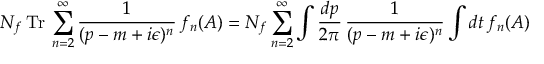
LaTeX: N _ { f } \, \mathrm { T r } \, \sum _ { n = 2 } ^ { \infty } \frac { 1 } { ( p - m + i \epsilon ) ^ { n } } \, f _ { n } ( A ) = N _ { f } \sum _ { n = 2 } ^ { \infty } \int \frac { d p } { 2 \pi } \, \frac { 1 } { ( p - m + i \epsilon ) ^ { n } } \int d t \, f _ { n } ( A )